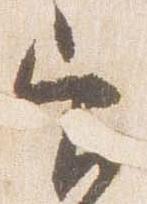
官